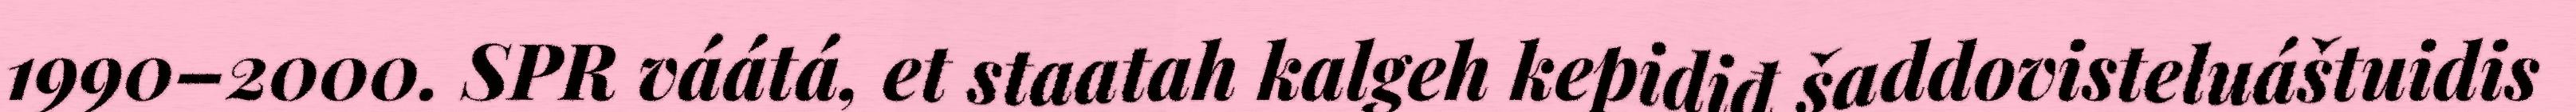
1990–2000. SPR váátá, et staatah kalgeh kepidiđ šaddovisteluáštuidis